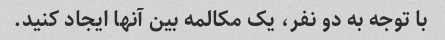
با توجه به دو نفر، یک مکالمه بین آنها ایجاد کنید.